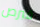
قبرص